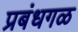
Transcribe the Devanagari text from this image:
प्रबंधगळ